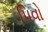
પિવો